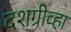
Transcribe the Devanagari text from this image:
दशग्रीव्हा